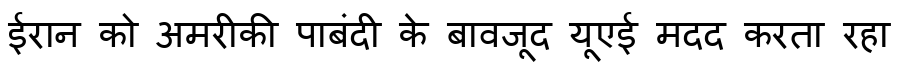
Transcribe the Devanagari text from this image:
ईरान को अमरीकी पाबंदी के बावजूद यूएई मदद करता रहा